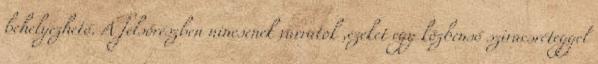
behelyezhető. A felsőrészben nincsenek varratok ,ezeket egy közbenső szivacsréteggel